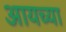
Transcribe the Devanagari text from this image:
आयच्या